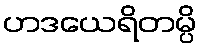
ဟဒယေရိတမ္ပိ